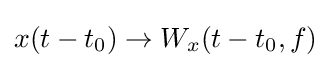
x(t-t_{0})\rightarrow W_{x}(t-t_{0},f)